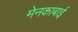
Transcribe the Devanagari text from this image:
मेनकाबाई